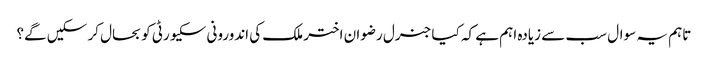
تاہم یہ سوال سب سے زیادہ اہم ہے کہ کیا جنرل رضوان اختر ملک کی اندورونی سکیورٹی کو بحال کر سکیں گے؟